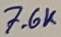
Text: 7.6K